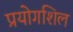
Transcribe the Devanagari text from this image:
प्रयोगशिल